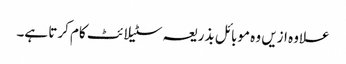
علاوہ ازیں وہ موبائل بذریعہ سٹیلائٹ کام کرتا ہے۔